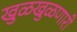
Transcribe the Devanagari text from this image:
खुळखुळणारी